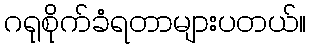
ဂရုစိုက်ခံရတာများပတယ်။